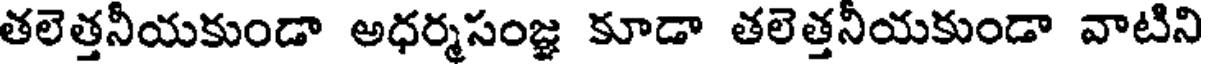
తలెత్తనీయకుండా అధర్మసంజ్ఞ కూడా తలెత్తనీయకుండా వాటిని